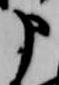
申